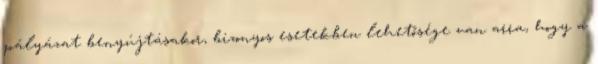
pályázat benyújtásakor, bizonyos esetekben lehetősége van arra, hogy a